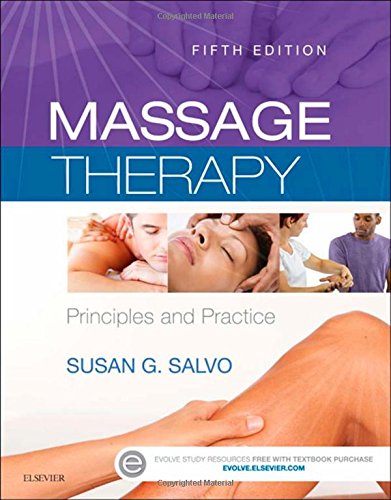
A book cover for Massage Therapy: Principles and Practice, 5e; M.Ed.  LMT  NTS  CI  NCTMB; Health, Fitness & Dieting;